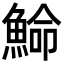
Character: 𩸍